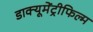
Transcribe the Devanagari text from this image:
डाक्यूमेंट्रीफिल्म